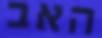
האב